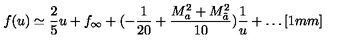
f ( u ) \simeq \frac { 2 } { 5 } u + f _ { \infty } + ( - \frac { 1 } { 2 0 } + \frac { M _ { a } ^ { 2 } + M _ { \tilde { a } } ^ { 2 } } { 1 0 } ) \frac { 1 } { u } + \ldots [ 1 m m ]